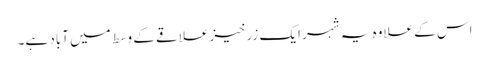
اس کے علاوہ یہ شہر ایک زرخیز علاقے کے وسط میں آباد ہے۔